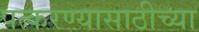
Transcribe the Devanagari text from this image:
पत्करण्यासाठीच्या